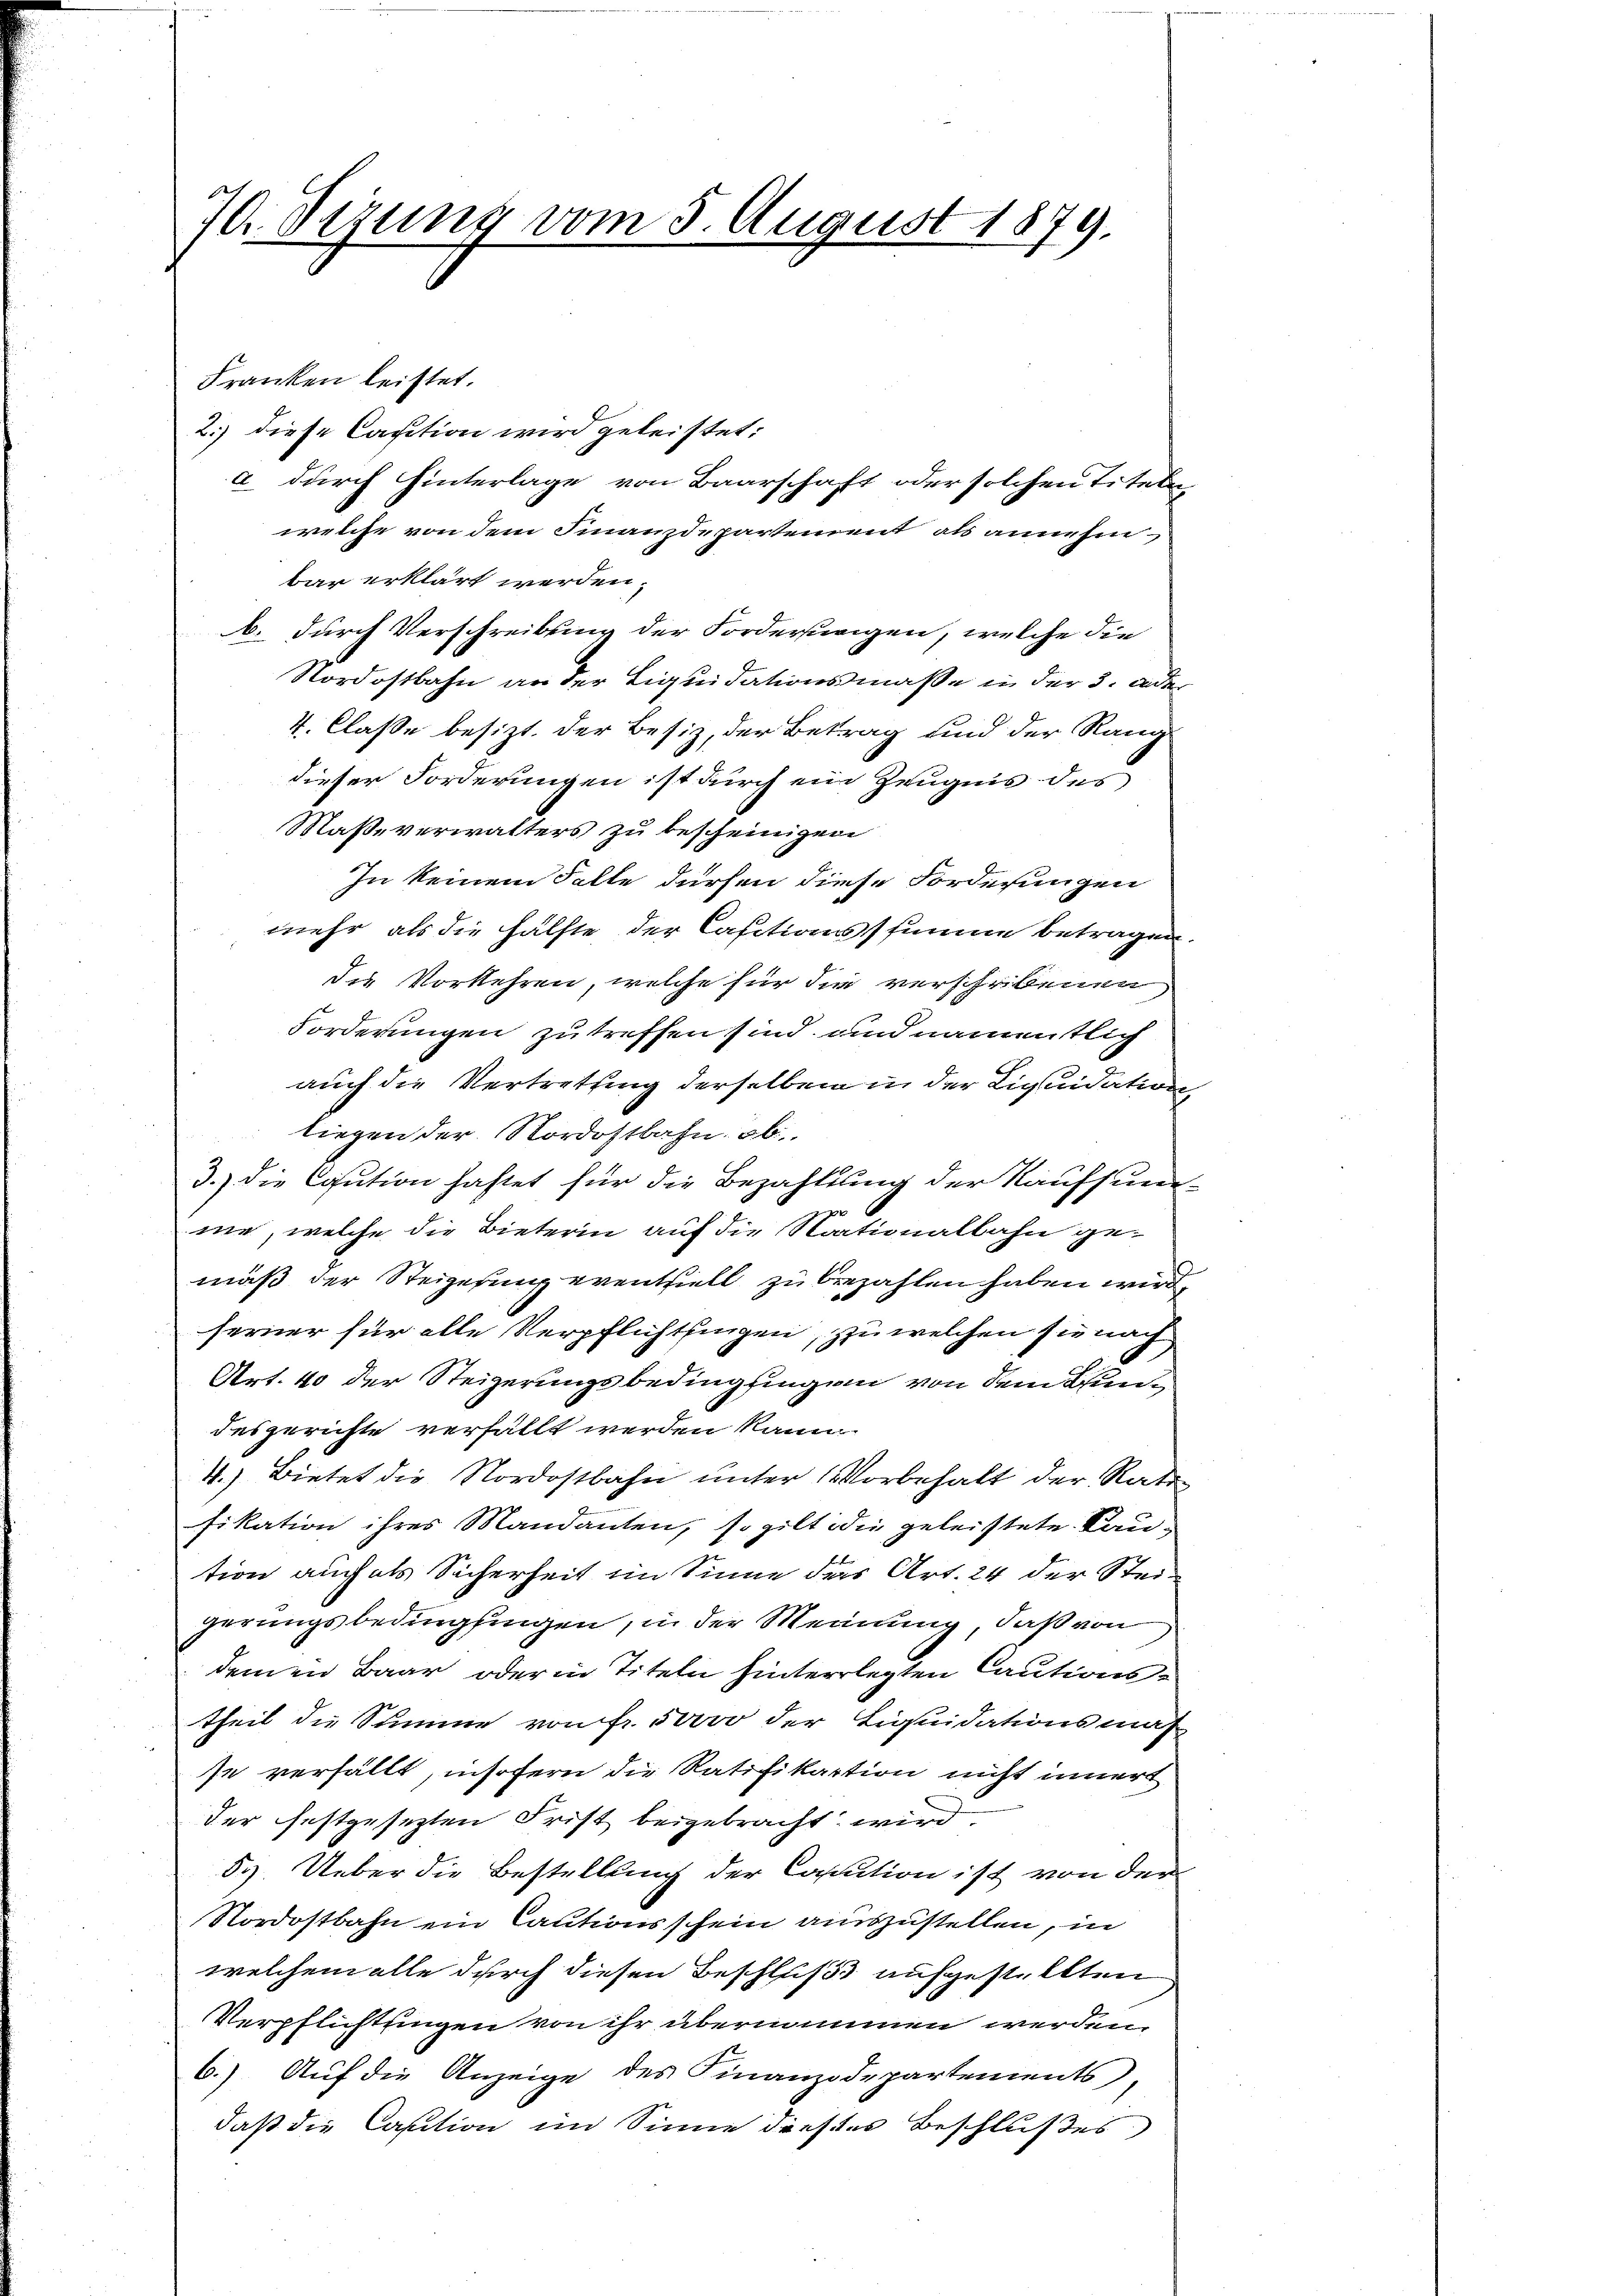
70. Verung vom 5. August 1879.

Franken leistet.
2.) diese Casition wird geleistet:
a durch hinterlage von Baarschaft oder solchen Titela
welche von dem Finanzdepartement als annehm
bar erklärt werden.
b. durch Verschreibung der Forderungen, welche die
Nordostbahn an der Liquidationsmaße in der 3. ander
4. Claße besizt. der Besiz, der Betrag und der Rang
dieser Forderungen ist durch ein Zeugnis des
Maße verwalters zu bescheinigen
In keinem Falle dürfen diese Forderungen
mehr als die Hälfte der Cassationsstimme betragen.
die Vorkehren, welche für die verschribenen
Forderungen zu treffen sind, und namentlich
auch die Vertrettung derselben in der Liquidation
liegen der Nordostbahn. ob
3.) Die Caution haftet für die Bezahlung der Kaufsum-
me, welche die Bieterin auf die Nationalbahn gemäß der Steigerung eventiell zu bezahlen haben wird,
ferner für alle Verpflichtsingen, zu welchen sie nach
Art. 40 der Steigerungsbedingfingen von dem Bundesgerichte verfällt werden kann.
4.) Bietet die Nordostbahn unter Vorbehalt der Rats
fikation ihres Mandanten, so gilt die geleistete Raution auch als Sicherheit im Sinne das Art. 24 der Steigerungsbedinglingen, in der Meinung, daß von
demen Baar oder in Titeln hinterlegten Cautionstheil die Stimme von Fr. 50 vo der Liquidationsmas
se verfällt, insofern die Ratifikation nicht innert
der festgesezten Frist beigebracht wird
53. Ueber die Bestellung der Caution ist von der
Nordostbahn ein Cautionsfein auszustellen, in
welchem alle durch diesen Beschluß aufgestellten
Verpflichtsingen von ihr übernommen werden.
6.) Auf die Anzeige des Finanzdepartements,
daß die Casition im Sinne dieses Beschlußes